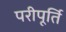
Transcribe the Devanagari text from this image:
परीपूर्ति